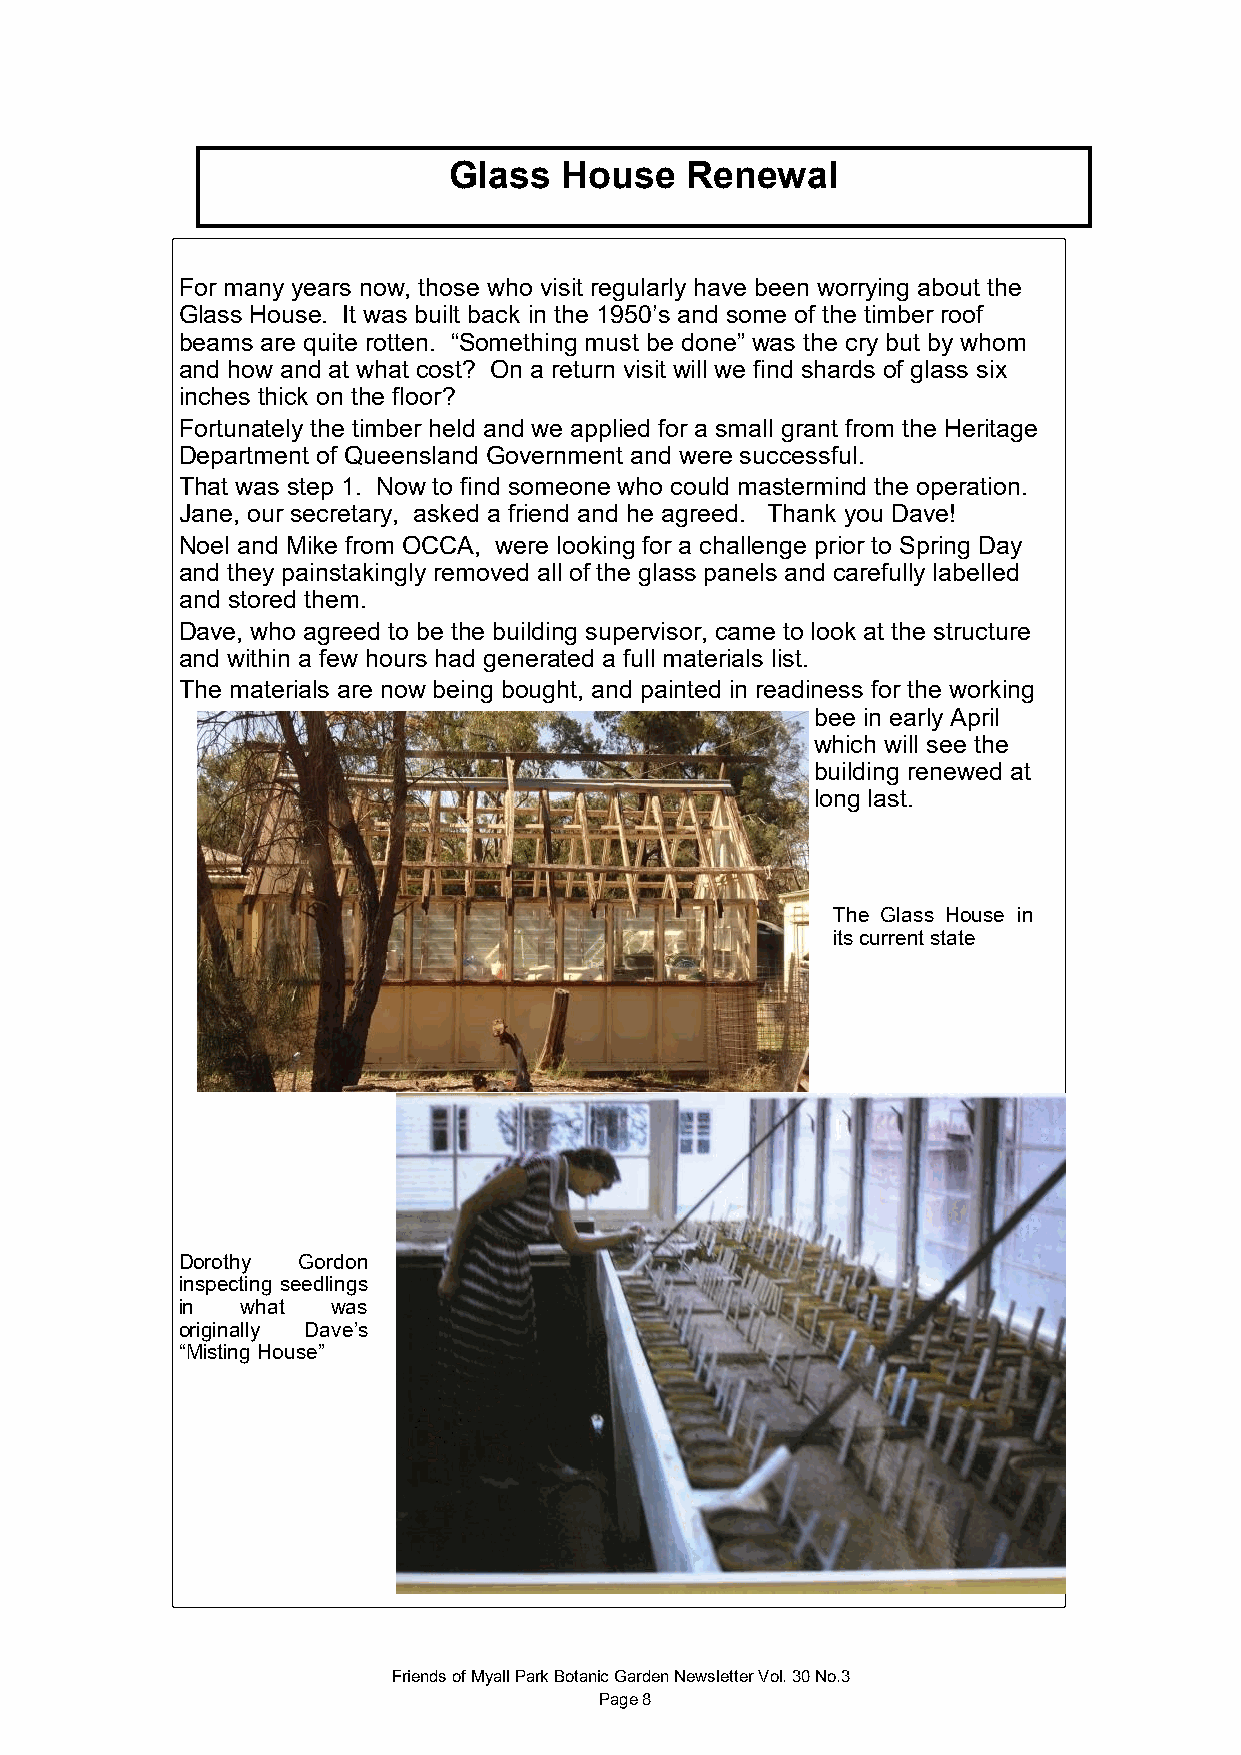
Glass  House   Renewal
 For many years now, those who visit regularly have been worrying about the
 Glass House. It was built back in the 1950’s and some of the timber roof
 beams are quite rotten. “Something must be done” was the cry but by whom
 and how and at what cost? On a return visit will we find shards of glass six
 inches thick on the floor?
 Fortunately the timber held and we applied for a small grant from the Heritage
 Department of Queensland Government and were successful.
 That was step 1. Now to find someone who could mastermind the operation.
 Jane, our secretary, asked a friend and he agreed. Thank you Dave!
 Noel and Mike from OCCA, were looking for a challenge prior to Spring Day
 and they painstakingly removed all of the glass panels and carefully labelled
 and stored them.
 Dave, who agreed to be the building supervisor, came to look at the structure
 and within a few hours had generated a full materials list.
 The materials are now being bought, and painted in readiness for the working
 bee in early April
 which will see the
 building renewed at
 long last.
 The Glass House in
 its current state
 Dorothy Gordon
 inspecting seedlings
 in  what  was
 originally Dave’s
 “Misting House”
 Friends of Myall Park Botanic Garden Newsletter Vol. 30 No.3
 Page 8